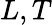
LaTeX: L,T